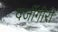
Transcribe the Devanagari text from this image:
दर्जीगीरी